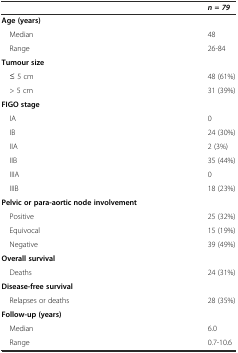
<table><thead><tr><td></td><td><b><i>n = 79</i></b></td></tr></thead><tbody><tr><td><b>Age (years)</b></td><td></td></tr><tr><td> Median</td><td>48</td></tr><tr><td> Range</td><td>26-84</td></tr><tr><td><b>Tumour size</b></td><td></td></tr><tr><td> ≤ 5 cm</td><td>48 (61%)</td></tr><tr><td> &gt; 5 cm</td><td>31 (39%)</td></tr><tr><td><b>FIGO stage</b></td><td></td></tr><tr><td> IA</td><td>0</td></tr><tr><td> IB</td><td>24 (30%)</td></tr><tr><td> IIA</td><td>2 (3%)</td></tr><tr><td> IIB</td><td>35 (44%)</td></tr><tr><td> IIIA</td><td>0</td></tr><tr><td> IIIB</td><td>18 (23%)</td></tr><tr><td><b>Pelvic or para-aortic node involvement</b></td><td></td></tr><tr><td> Positive</td><td>25 (32%)</td></tr><tr><td> Equivocal</td><td>15 (19%)</td></tr><tr><td> Negative</td><td>39 (49%)</td></tr><tr><td><b>Overall survival</b></td><td></td></tr><tr><td> Deaths</td><td>24 (31%)</td></tr><tr><td><b>Disease-free survival</b></td><td></td></tr><tr><td> Relapses or deaths</td><td>28 (35%)</td></tr><tr><td><b>Follow-up (years)</b></td><td></td></tr><tr><td> Median</td><td>6.0</td></tr><tr><td> Range</td><td>0.7-10.6</td></tr></tbody></table>